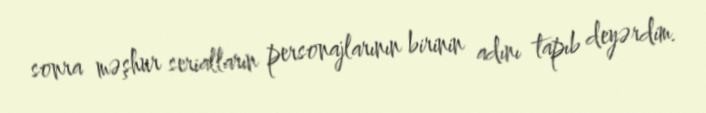
sonra məşhur serialların personajlarının birinin adını tapıb deyərdim.